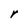
Character: r